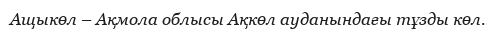
Ащыкөл – Ақмола облысы Ақкөл ауданындағы тұзды көл.